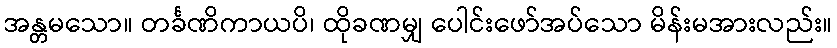
အန္တမသော။ တင်္ခဏိကာယပိ၊ ထိုခဏမျှ ပေါင်းဖော်အပ်သော မိန်းမအားလည်း။